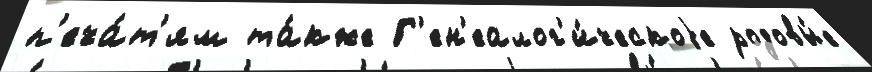
п'еча́т'ям та́кже Г'ен'еалог'и́ческоjе родовы́е